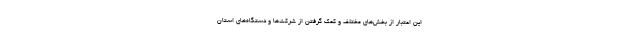
این اعتبار از بخش‌های مختلف و کمک گرفتن از شرکت‌ها و دستگاه‌های استان